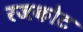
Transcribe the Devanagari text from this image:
रजकोट